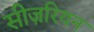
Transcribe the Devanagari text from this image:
सीज़रियन